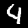
Label: 4